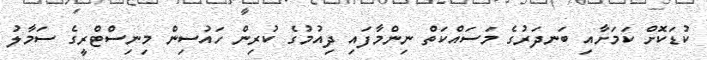
ކުޑަކޮށް ކަމަށާއި ބަނދަރުގެ މަސައްކަތް ނިންމާފައި ދިއުމުގެ ކުރިން ހައުސިން މިނިސްޓްރީގެ ސަމާލު